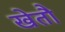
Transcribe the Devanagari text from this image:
खेतौ